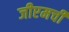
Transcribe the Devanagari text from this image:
जीएमची